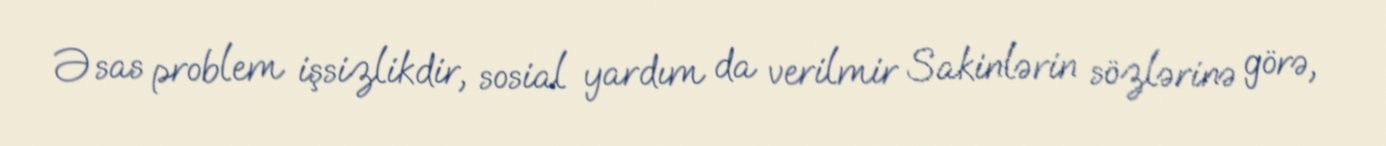
Əsas problem işsizlikdir, sosial yardım da verilmir Sakinlərin sözlərinə görə,